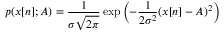
p ( x [ n ] ; A ) = { \frac { 1 } { \sigma { \sqrt { 2 \pi } } } } \exp \left( - { \frac { 1 } { 2 \sigma ^ { 2 } } } ( x [ n ] - A ) ^ { 2 } \right)